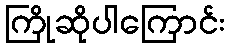
ကြိုဆိုပါကြောင်း